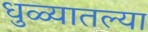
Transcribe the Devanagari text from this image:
धुळ्यातल्या